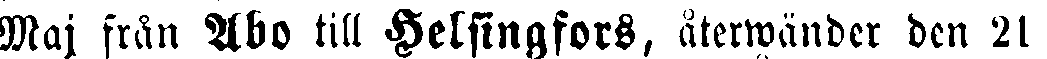
Maj från Åbo till Helsingfors, äterwänder den 21